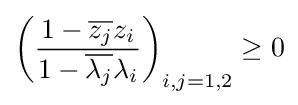
\left({\frac {1-{\overline {z_{j}}}z_{i}}{1-{\overline {\lambda _{j}}}\lambda _{i}}}\right)_{i,j=1,2}\geq 0